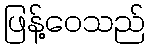
ဖြန့်ဝေသည်